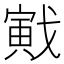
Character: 戭